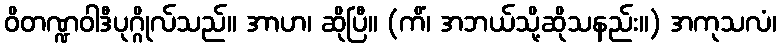
ဝိတဏ္ဍဝါဒီပုဂ္ဂိုလ်သည်။ အာဟ၊ ဆိုပြီ။ (ကိံ၊ အဘယ်သို့ဆိုသနည်း။) အကုသလံ၊